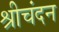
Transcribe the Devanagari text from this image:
श्रीचंदन